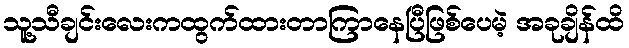
သူ့သီချင်းလေးကထွက်ထားတာကြာနေပြီဖြစ်ပေမဲ့ အခုချိန်ထိ